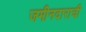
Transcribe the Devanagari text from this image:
जमीनदाराची